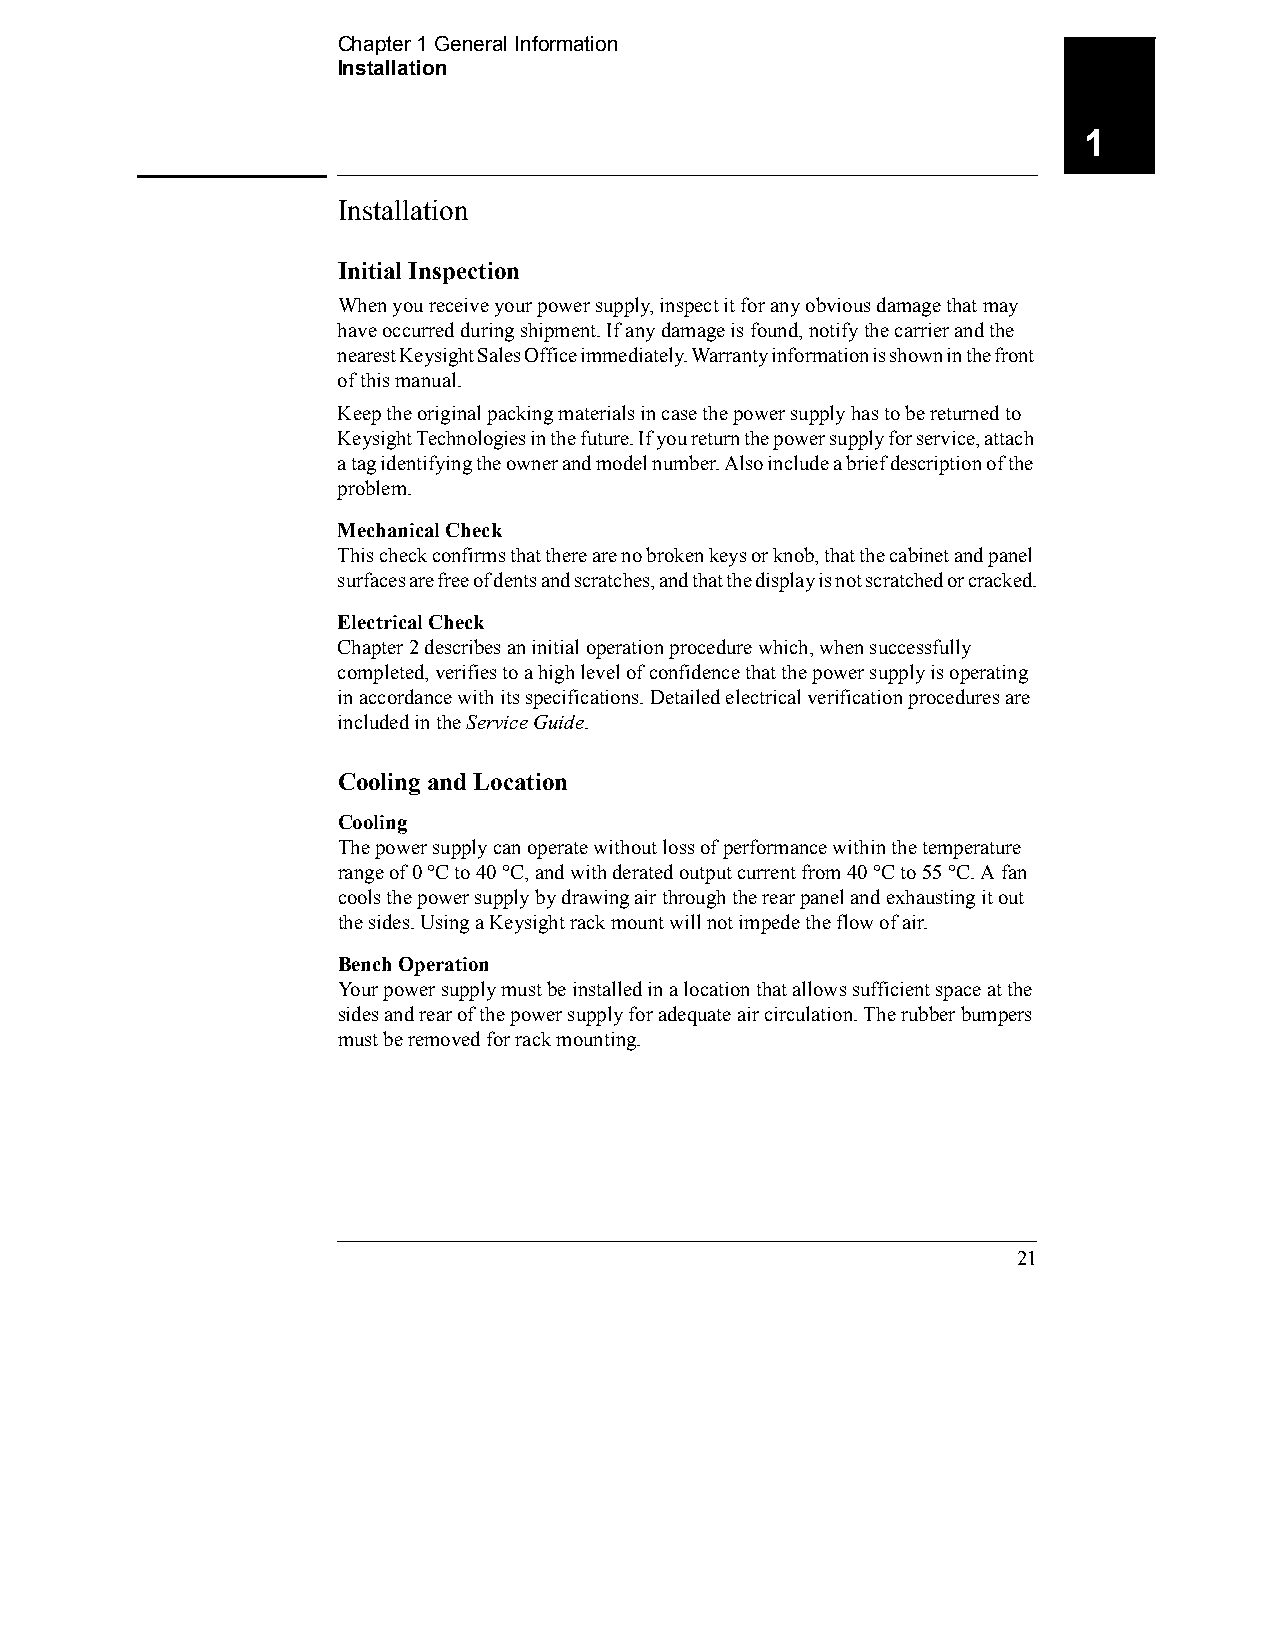
Chapter 1 General Information
 Installation
 1
 Installation
 Initial Inspection
 When you receive your power supply, inspect it for any obvious damage that may
 have occurred during shipment. If any damage is found, notify the carrier and the
 nearest Keysight Sales Office immediately. Warranty information is shown in the front
 of this manual.
 Keep the original packing materials in case the power supply has to be returned to
 Keysight Technologies in the future. If you return the power supply for service, attach
 a tag identifying the owner and model number. Also include a brief description of the
 problem.
 Mechanical Check
 This check confirms that there are no broken keys or knob, that the cabinet and panel
 surfaces are free of dents and scratches, and that the display is not scratched or cracked.
 Electrical Check
 Chapter 2 describes an initial operation procedure which, when successfully
 completed, verifies to a high level of confidence that the power supply is operating
 in accordance with its specifications. Detailed electrical verification procedures are
 included in the Service Guide.
 Cooling and Location
 Cooling
 The power supply can operate without loss of performance within the temperature
 range of 0 °C to 40 °C, and with derated output current from 40 °C to 55 °C. A fan
 cools the power supply by drawing air through the rear panel and exhausting it out
 the sides. Using a Keysight rack mount will not impede the flow of air.
 Bench Operation
 Your power supply must be installed in a location that allows sufficient space at the
 sides and rear of the power supply for adequate air circulation. The rubber bumpers
 must be removed for rack mounting.
 21